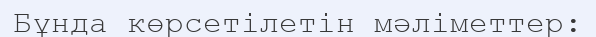
Бұнда көрсетілетін мәліметтер: